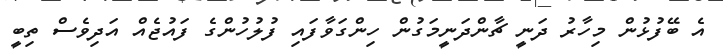
އެ ބޭފުޅުން މިހާރު ދަނީ ޗާންދަނީމަގުން ހިންގަވާފައި ފުލުހުންގެ ފައުޖެއް އަދިވެސް ތިބީ